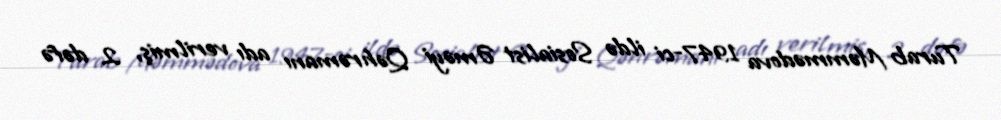
Turab Məmmədova 1947-ci ildə Sosialist Əməyi Qəhrəmanı adı verilmiş, 2 dəfə